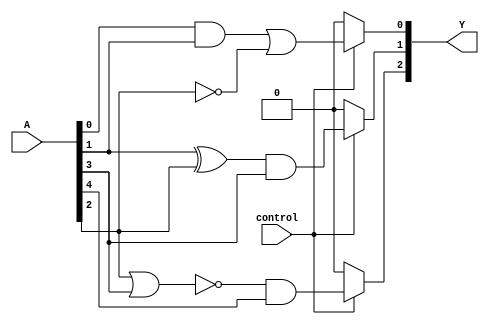
module combinational_logic_block (
    input  wire [n:0] A,  // Input vector
    input  wire control,   // Control signal to activate groups
    output wire [m:0] Y   // Output vector
);

// Parameter definitions
parameter n = 7; // Number of input lines (0 to 7)
parameter m = 3; // Number of output lines (0 to 3)
parameter M = 3;  // Number of overlapping groups

// Intermediate signals for each group
wire group1_out, group2_out, group3_out;

// Group 1: Operates on A[0], A[1], A[2]
assign group1_out = (A[0] & A[1]) | (~A[2]); // Example operation

// Group 2: Operates on A[1], A[2], A[3]
assign group2_out = (A[1] ^ A[2]) & A[3]; // Example operation

// Group 3: Operates on A[2], A[3], A[4]
assign group3_out = ~(A[2] | A[3]) & A[4]; // Example operation

// Output logic based on group outputs and control signal
assign Y[0] = control ? group1_out : 1'b0; // Output from group 1
assign Y[1] = control ? group2_out : 1'b0; // Output from group 2
assign Y[2] = control ? group3_out : 1'b0; // Output from group 3

endmodule